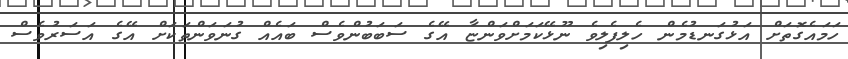
ހަމައެގޮތަށް އަޅުގަނޑުމެން ހެލިފެލިވެ ނޫޅޭކަމަށްވަންޏާ އޭގެ ސަބަބުންވެސް ބައެއް ގުނަވަންތަކަށް އޭގެ އަސަރުވެސް